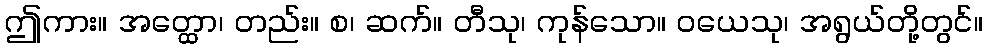
ဤကား။ အတ္ထော၊ တည်း။ စ၊ ဆက်။ တီသု၊ ကုန်သော။ ဝယေသု၊ အရွယ်တို့တွင်။